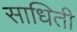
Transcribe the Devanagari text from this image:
साधिती